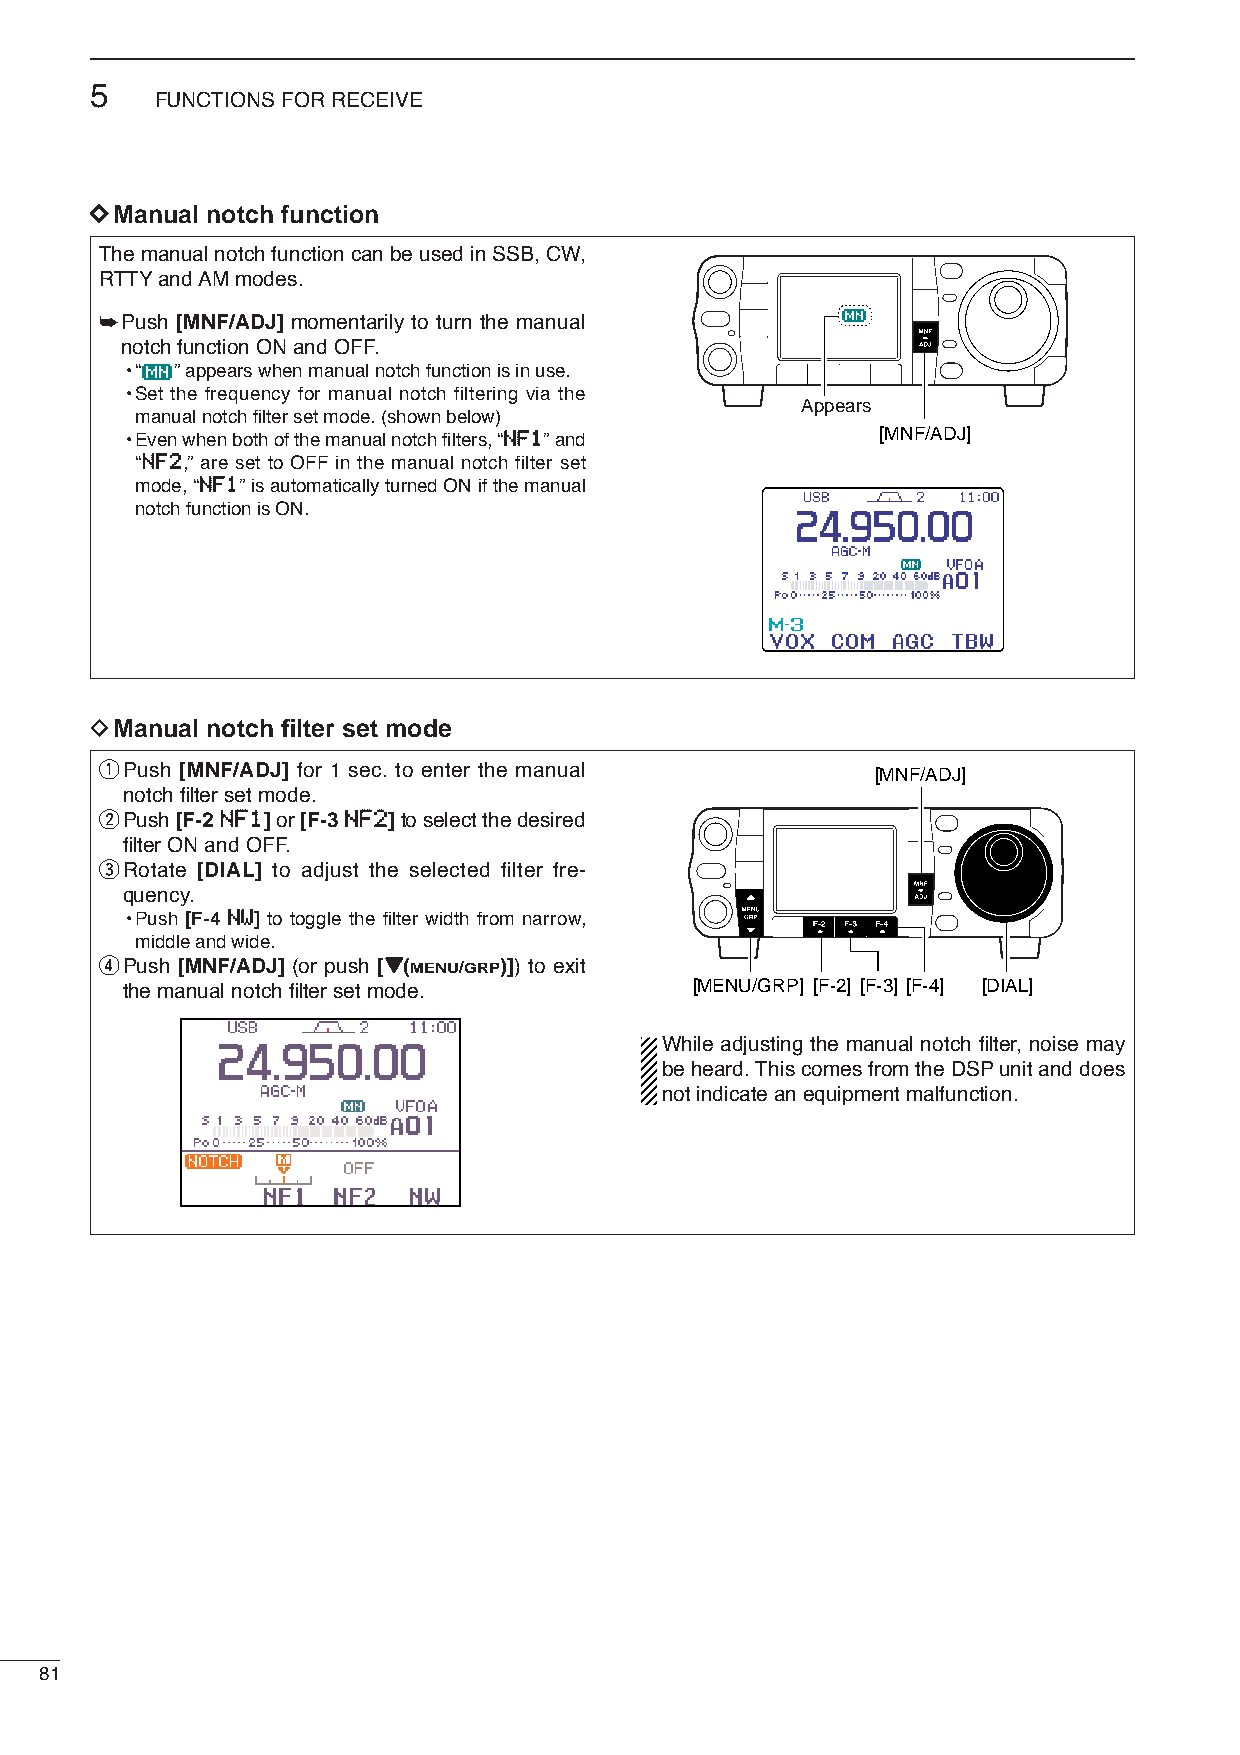
5
 FUNCTIONS FOR RECEIVE
 DDManual notch function
 The manual notch function can be used in SSB, CW,
 RTTYand AM modes.
 ➥Push [MNF/ADJ] momentarily to turn the manual
 notch function ON and OFF.
 •“ ” appears when manual notch function is in use.
 •Set the frequency for manual notch filtering via the
 Appears
 manual notch filter set mode. (shown below)
 •Even when both of the manual notch filters, “NNFF11” and [MNF/ADJ]
 “NNFF22,” are set to OFF in the manual notch filter set
 mode, “NNFF11” is automatically turned ON if the manual
 notch function is ON.
 DManual notch filter set mode
 qPush [MNF/ADJ] for 1 sec. to enter the manual     [MNF/ADJ]
 notch filter set mode.
 wPush [F-2NNFF11]or [F-3NNFF22]to select the desired
 filter ON and OFF.
 eRotate [DIAL] to adjust the selected filter fre-
 quency.
 •Push [F-4 NNWW] to toggle the filter width from narrow,
 middle and wide.
 rPush [MNF/ADJ] (or push [ZZ(MENU/GRP)]) to exit
 the manual notch filter set mode.     [MENU/GRP] [F-2] [F-3] [F-4] [DIAL]
 While adjusting the manual notch filter, noise may
 be heard. This comes from the DSPunit and does
 not indicate an equipment malfunction.
 81